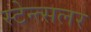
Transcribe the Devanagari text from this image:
स्टेन्त्सलर